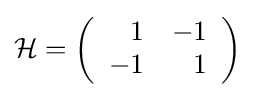
{\mathcal {H}}=\left({\begin{array}{rr}1&-1\\-1&1\end{array}}\right)